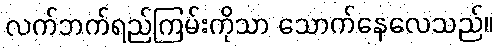
လက်ဘက်ရည်ကြမ်းကိုသာ သောက်နေလေသည်။